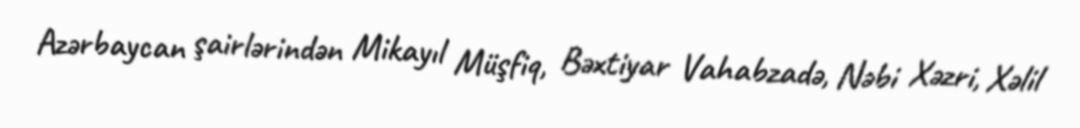
Azərbaycan şairlərindən Mikayıl Müşfiq, Bəxtiyar Vahabzadə, Nəbi Xəzri, Xəlil